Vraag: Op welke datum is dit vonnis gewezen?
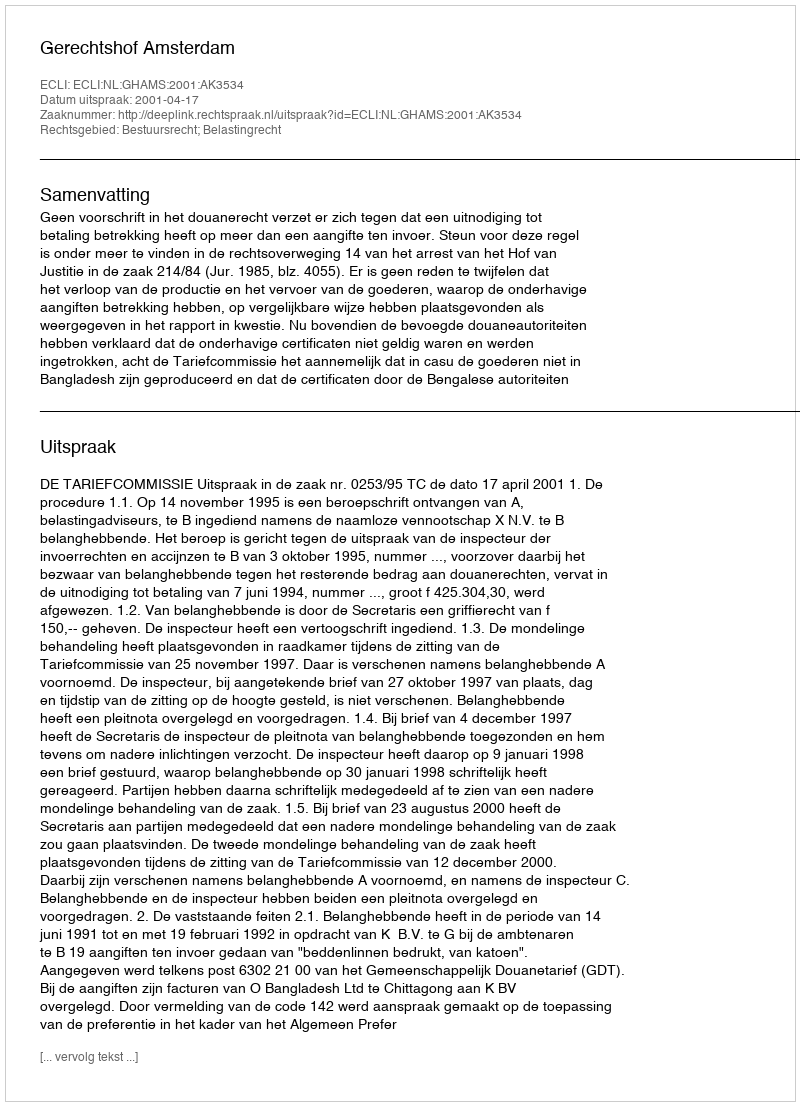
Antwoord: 2001-04-17